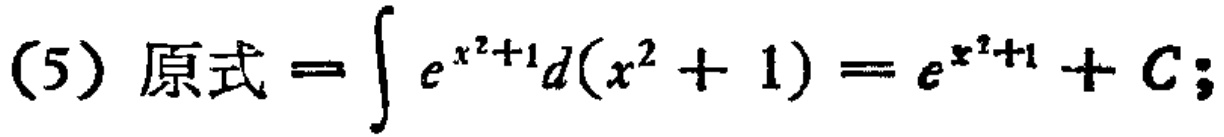
(5) 原式 $=\int e^{x^{2}+1}d(x^{2}+1)=e^{x^{2}+1}+C;$